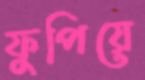
ফুপিয়ে